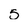
Character: 5